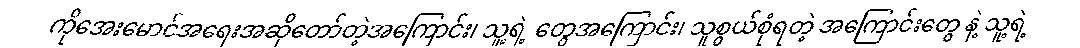
ကိုအေးမောင်အရေးအဆိုတော်တဲ့အကြောင်း၊ သူ့ရဲ့ တွေအကြောင်း၊ သူစွယ်စုံရတဲ့ အကြောင်းတွေ နဲ့ သူ့ရဲ့